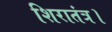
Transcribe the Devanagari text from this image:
शिरातंत्र।